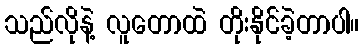
သည်လိုနဲ့ လူတောထဲ တိုးနိုင်ခဲ့တာပါ။